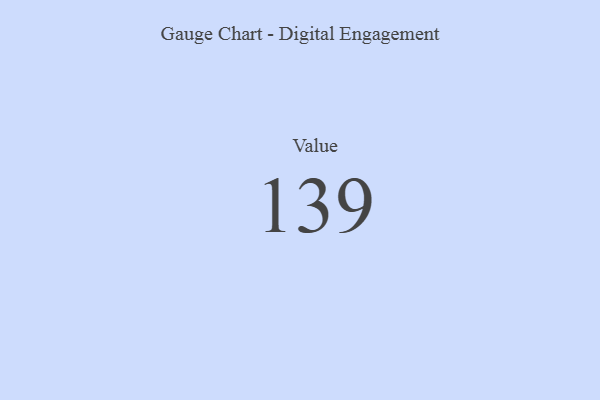
{"axis": {"x": "Metric", "y": "Value"}, "legend": [""], "data": [{"x": "Value", "y": 139, "type": ""}]}